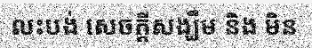
លះបង់ សេចក្តីសង្ឃឹម និង មិន